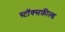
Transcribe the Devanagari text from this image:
स्टॉक्सफ़ील्ड